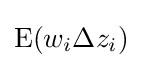
\mathrm {E} (w_{i}\Delta z_{i})